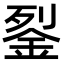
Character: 銐